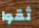
ثقوا